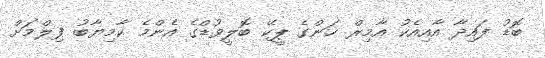
ބޮޑު ފައިދާ އާއިއެކު އާމިރް ޚަންގެ ޕީކޭ ބޮލީވުޑްގެ އެންމެ ކާމިޔާބު ފިލްމަށް